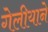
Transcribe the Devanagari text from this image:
गेलीयाने